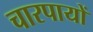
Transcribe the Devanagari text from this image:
चारपायों